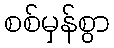
စစ်မှန်စွာ